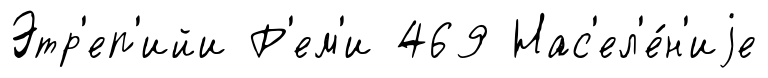
Этр'еп'ийи Р'ем'и 469 Нас'ел'е́н'иjе